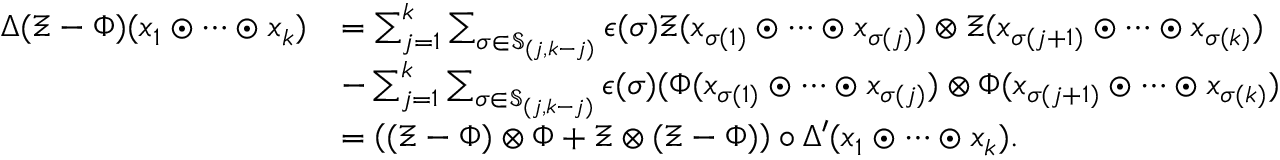
\begin{array} { r l } { \Delta ( \Xi - \Phi ) ( x _ { 1 } \odot \cdots \odot x _ { k } ) } & { = \sum _ { j = 1 } ^ { k } \sum _ { \sigma \in \mathfrak { S } _ { ( j , k - j ) } } \epsilon ( \sigma ) \Xi ( x _ { \sigma ( 1 ) } \odot \cdots \odot x _ { \sigma ( j ) } ) \otimes \Xi ( x _ { \sigma ( j + 1 ) } \odot \cdots \odot x _ { \sigma ( k ) } ) } \\ & { - \sum _ { j = 1 } ^ { k } \sum _ { \sigma \in \mathfrak { S } _ { ( j , k - j ) } } \epsilon ( \sigma ) ( \Phi ( x _ { \sigma ( 1 ) } \odot \cdots \odot x _ { \sigma ( j ) } ) \otimes \Phi ( x _ { \sigma ( j + 1 ) } \odot \cdots \odot x _ { \sigma ( k ) } ) } \\ & { = \left( ( \Xi - \Phi ) \otimes \Phi + \Xi \otimes ( \Xi - \Phi ) \right) \circ \Delta ^ { \prime } ( x _ { 1 } \odot \cdots \odot x _ { k } ) . } \end{array}